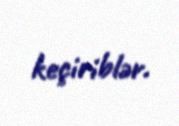
keçiriblər.